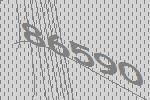
86590